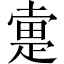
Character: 疐